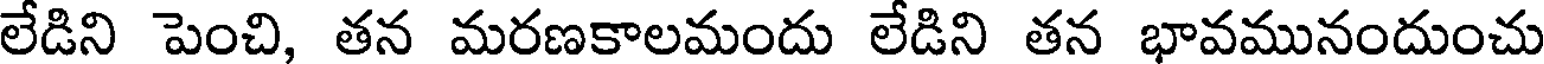
లేడిని పెంచి, తన మరణకాలమందు లేడిని తన భావమునందుంచు